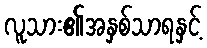
လူသား၏အနှစ်သာရနှင့်